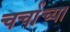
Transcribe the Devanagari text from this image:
चर्चाच्या